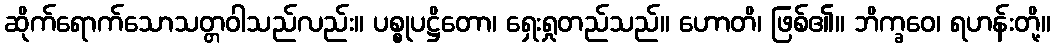
ဆိုက်ရောက်သောသတ္တဝါသည်လည်း။ ပစ္စုပဋ္ဌိတော၊ ရှေးရှုတည်သည်။ ဟောတိ၊ ဖြစ်၏။ ဘိက္ခဝေ၊ ရဟန်းတို့။